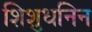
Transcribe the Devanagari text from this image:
शिशुधनिन